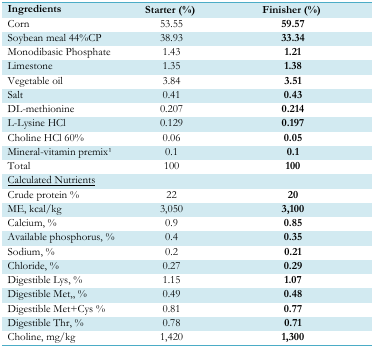
<table><thead><tr><td><b>Ingredients</b></td><td><b>Starter (%)</b></td><td><b>Finisher (%)</b></td></tr></thead><tbody><tr><td>Corn</td><td>53.55</td><td><b>59.57</b></td></tr><tr><td>Soybean meal 44%CP</td><td>38.93</td><td><b>33.34</b></td></tr><tr><td>Monodibasic Phosphate</td><td>1.43</td><td><b>1.21</b></td></tr><tr><td>Limestone</td><td>1.35</td><td><b>1.38</b></td></tr><tr><td>Vegetable oil</td><td>3.84</td><td><b>3.51</b></td></tr><tr><td>Salt</td><td>0.41</td><td><b>0.43</b></td></tr><tr><td>DL-methionine</td><td>0.207</td><td><b>0.214</b></td></tr><tr><td>L-Lysine HCl</td><td>0.129</td><td><b>0.197</b></td></tr><tr><td>Choline HCl 60%</td><td>0.06</td><td><b>0.05</b></td></tr><tr><td>Mineral-vitamin premix1</td><td>0.1</td><td><b>0.1</b></td></tr><tr><td>Total</td><td>100</td><td><b>100</b></td></tr><tr><td colspan="3">Calculated Nutrients</td></tr><tr><td>Crude protein %</td><td>22</td><td><b>20</b></td></tr><tr><td>ME, kcal/kg</td><td>3,050</td><td><b>3,100</b></td></tr><tr><td>Calcium, %</td><td>0.9</td><td><b>0.85</b></td></tr><tr><td>Available phosphorus, %</td><td>0.4</td><td><b>0.35</b></td></tr><tr><td>Sodium, %</td><td>0.2</td><td><b>0.21</b></td></tr><tr><td>Chloride, %</td><td>0.27</td><td><b>0.29</b></td></tr><tr><td>Digestible Lys, %</td><td>1.15</td><td><b>1.07</b></td></tr><tr><td>Digestible Met,, %</td><td>0.49</td><td><b>0.48</b></td></tr><tr><td>Digestible Met+Cys %</td><td>0.81</td><td><b>0.77</b></td></tr><tr><td>Digestible Thr, %</td><td>0.78</td><td><b>0.71</b></td></tr><tr><td>Choline, mg/kg</td><td>1,420</td><td><b>1,300</b></td></tr></tbody></table>